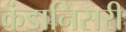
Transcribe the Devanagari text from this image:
कंडानिसरी